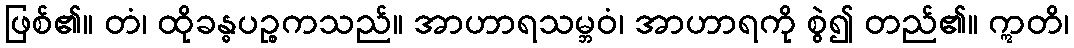
ဖြစ်၏။ တံ၊ ထိုခန္ဓပဉ္စကသည်။ အာဟာရသမ္ဘဝံ၊ အာဟာရကို စွဲ၍ တည်၏။ ဣတိ၊